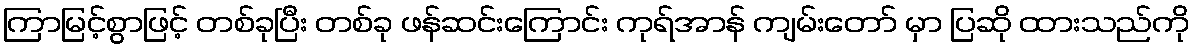
ကြာမြင့်စွာဖြင့် တစ်ခုပြီး တစ်ခု ဖန်ဆင်းကြောင်း ကုရ်အာန် ကျမ်းတော် မှာ ပြဆို ထားသည်ကို